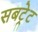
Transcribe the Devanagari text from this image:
सबट्रेट